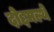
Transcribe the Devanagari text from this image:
दोद्दमल्थे